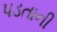
પડતાની